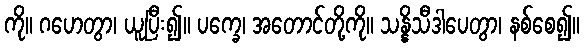
ကို။ ဂဟေတွာ၊ ယူပြီး၍။ ပက္ခေ၊ အတောင်တို့ကို။ သန္နိသီဒါပေတွာ၊ နစ်စေ၍။